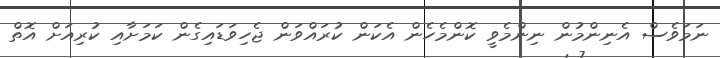
ނަމަވެސް އެނިންމުން ނިންމެވީ ކޮންމެހެން އެކަން ކުރައްވަން ޖެހިވަޑައިގެން ކަމަށާއި ކުރިއަށް އޮތް